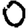
Digit: 0